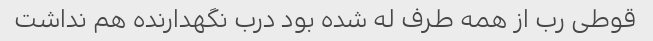
قوطی رب از همه طرف له شده بود درب نگهدارنده هم نداشت